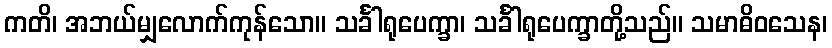
ကတိ၊ အဘယ်မျှလောက်ကုန်သော။ သင်္ခါရုပေက္ခာ၊ သင်္ခါရုပေက္ခာတို့သည်။ သမာဓိဝသေန၊